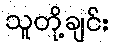
သူတို့ချင်း